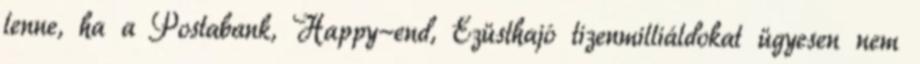
lenne, ha a Postabank, Happy-end, Ezüsthajó tizenmilliáldokat ügyesen nem